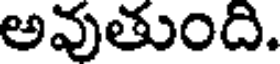
అవుతుంది.